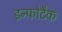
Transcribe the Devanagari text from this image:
इन्फोटैक